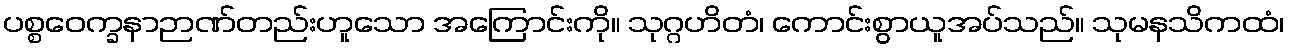
ပစ္စဝေက္ခနာဉာဏ်တည်းဟူသော အကြောင်းကို။ သုဂ္ဂဟိတံ၊ ကောင်းစွာယူအပ်သည်။ သုမနသိကထံ၊